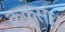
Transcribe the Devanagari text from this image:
ककुसंध